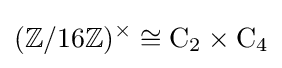
(\mathbb {Z} /16\mathbb {Z} )^{\times }\cong \mathrm {C} _{2}\times \mathrm {C} _{4}